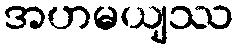
အဟမယျဿ